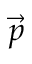
\vec { p }